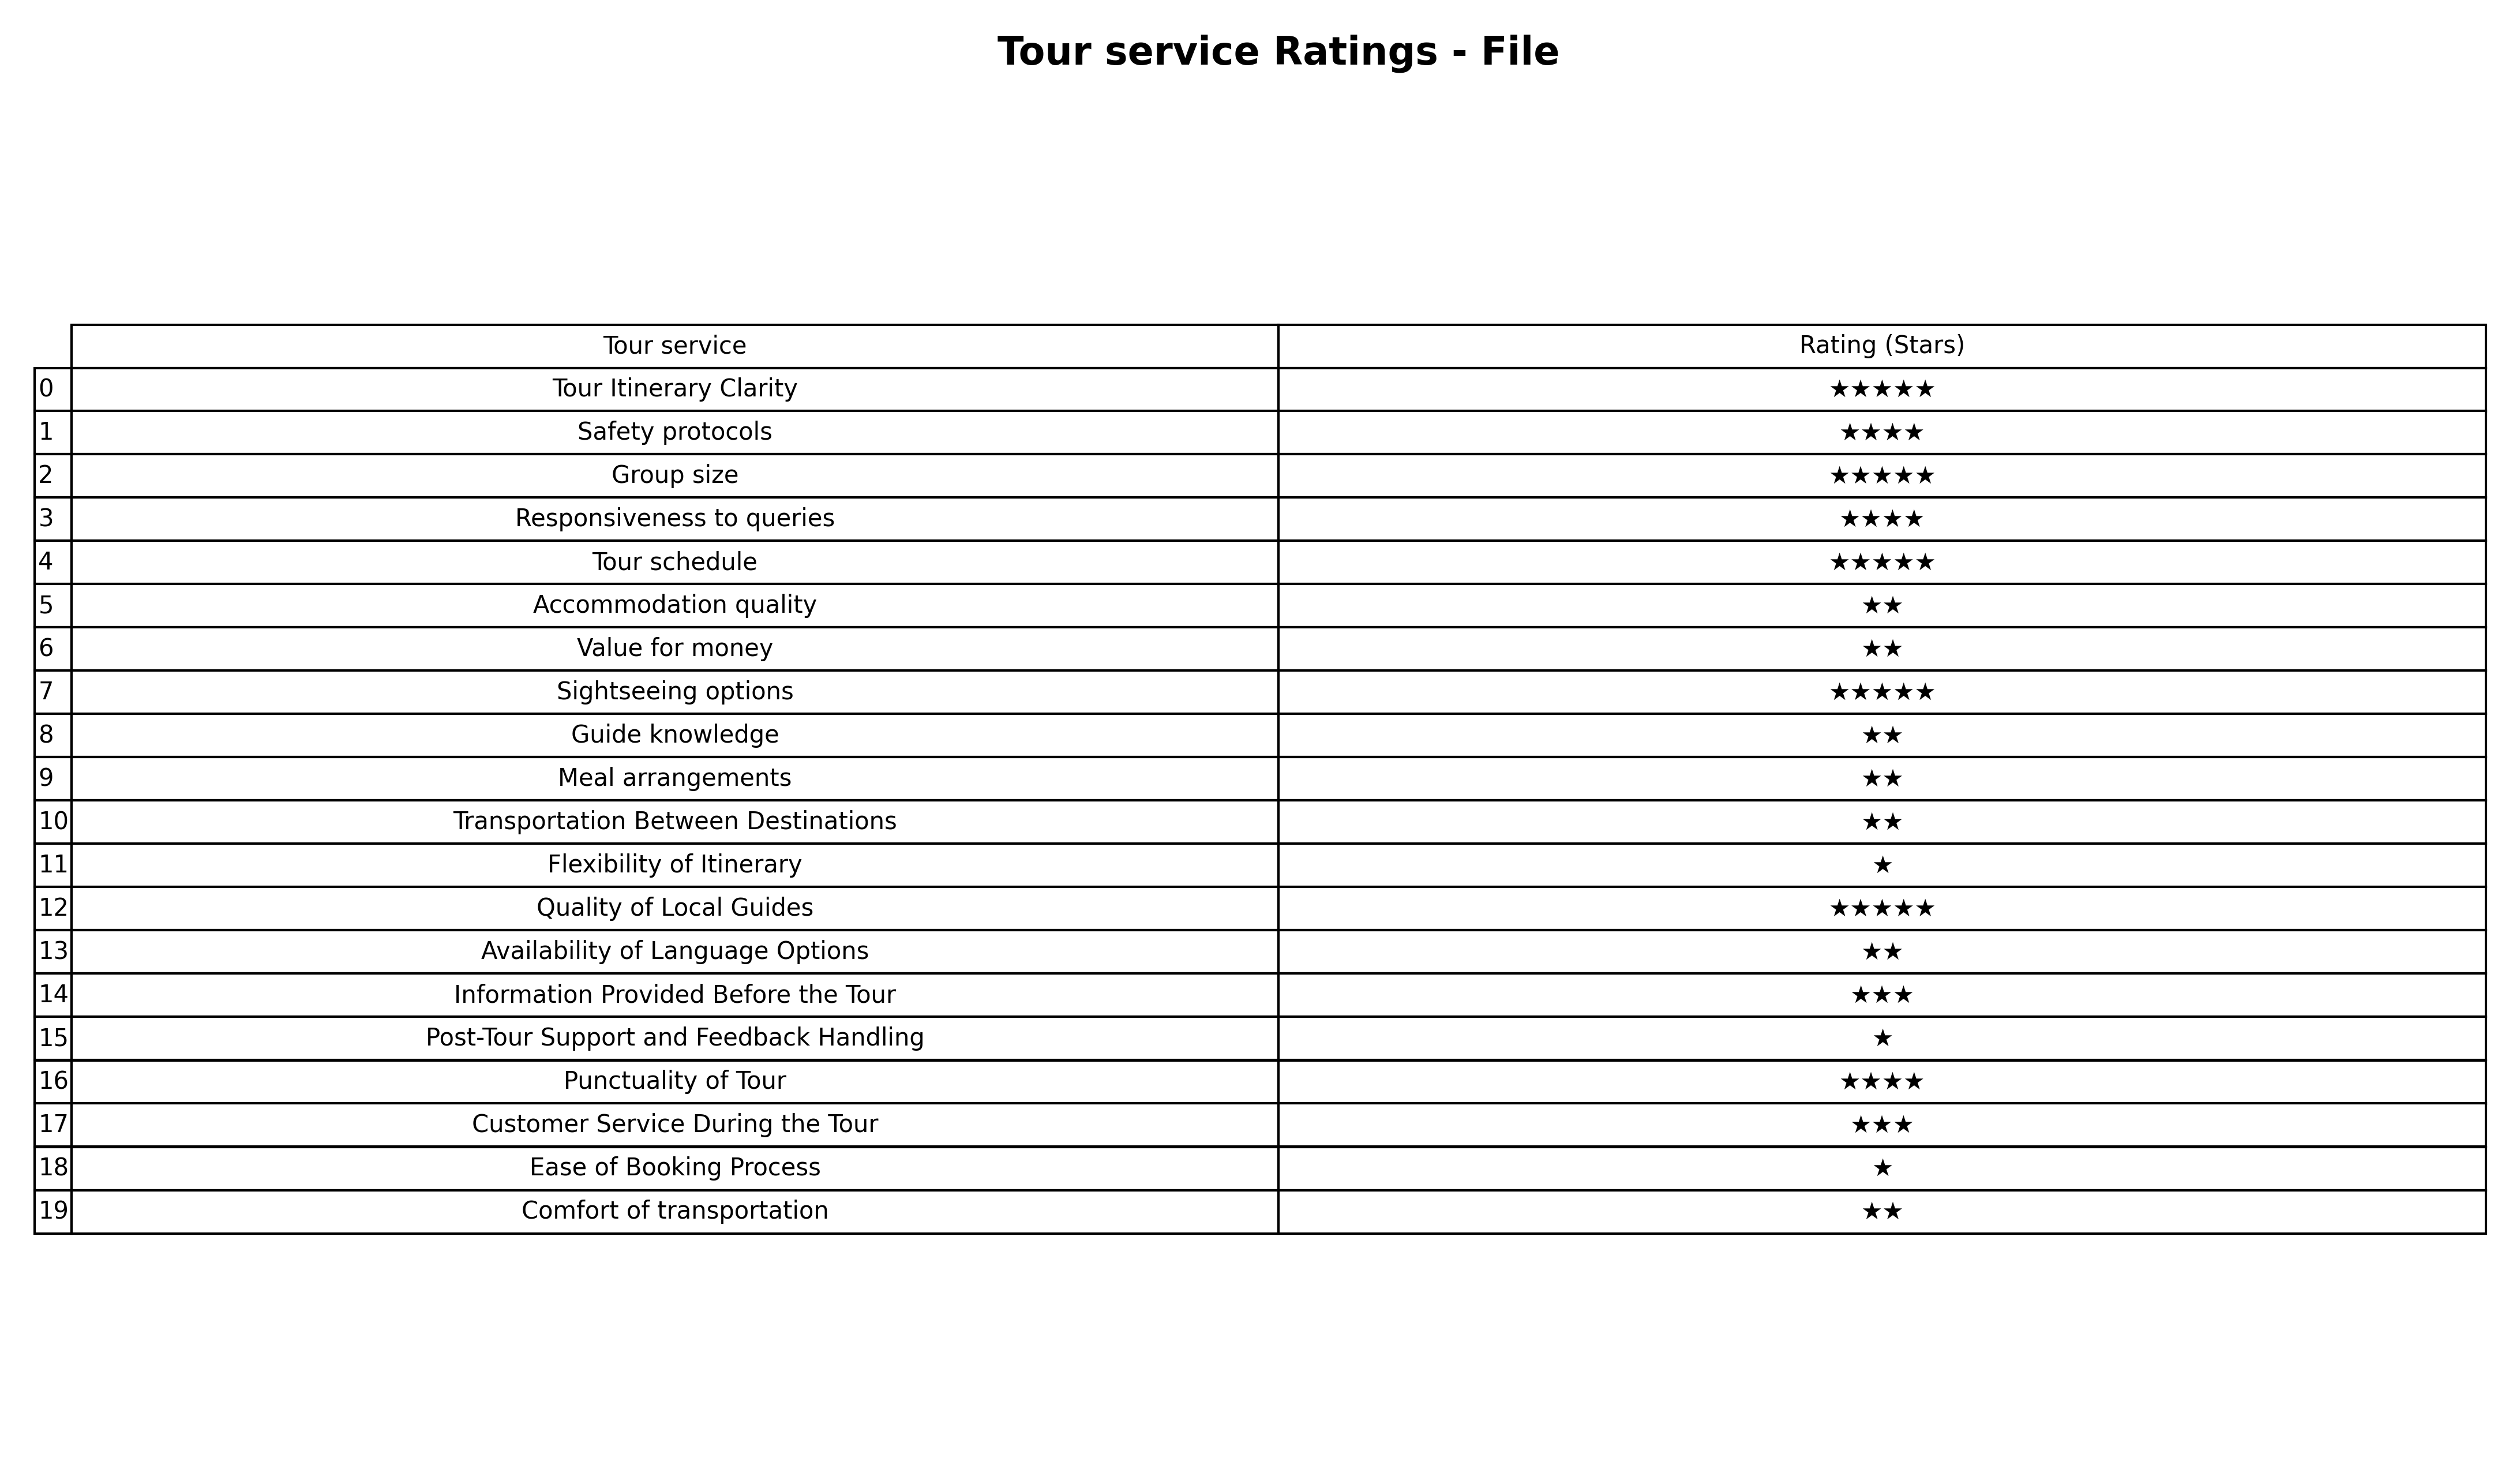
question: What are five star services?
answer: Tour Itinerary ClarityGroup sizeTour scheduleSightseeing optionsQuality of Local Guides